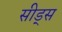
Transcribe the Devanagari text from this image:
सीड्‌स